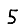
Digit: 5